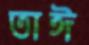
তাঈ